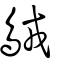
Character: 𪀚